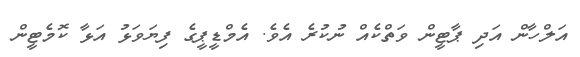
އަލްހާން އަދި ޕާޓީން ވަތްކެއް ނުކުރެ އެވެ. އެމްޑީޕީގެ ފިޔަވަޅު އަޅާ ކޮމެޓީން